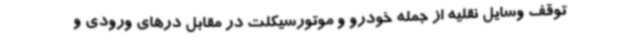
توقف وسایل نقلیه از جمله خودرو و موتورسیکلت در مقابل درهای ورودی و